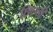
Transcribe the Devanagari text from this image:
छिछड़ी